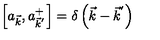
\left[ a _ { \vec { k } } , a _ { { \vec { k } } ^ { ' } } ^ { + } \right] = \delta \left( \vec { k } - { \vec { k } } ^ { ' } \right)